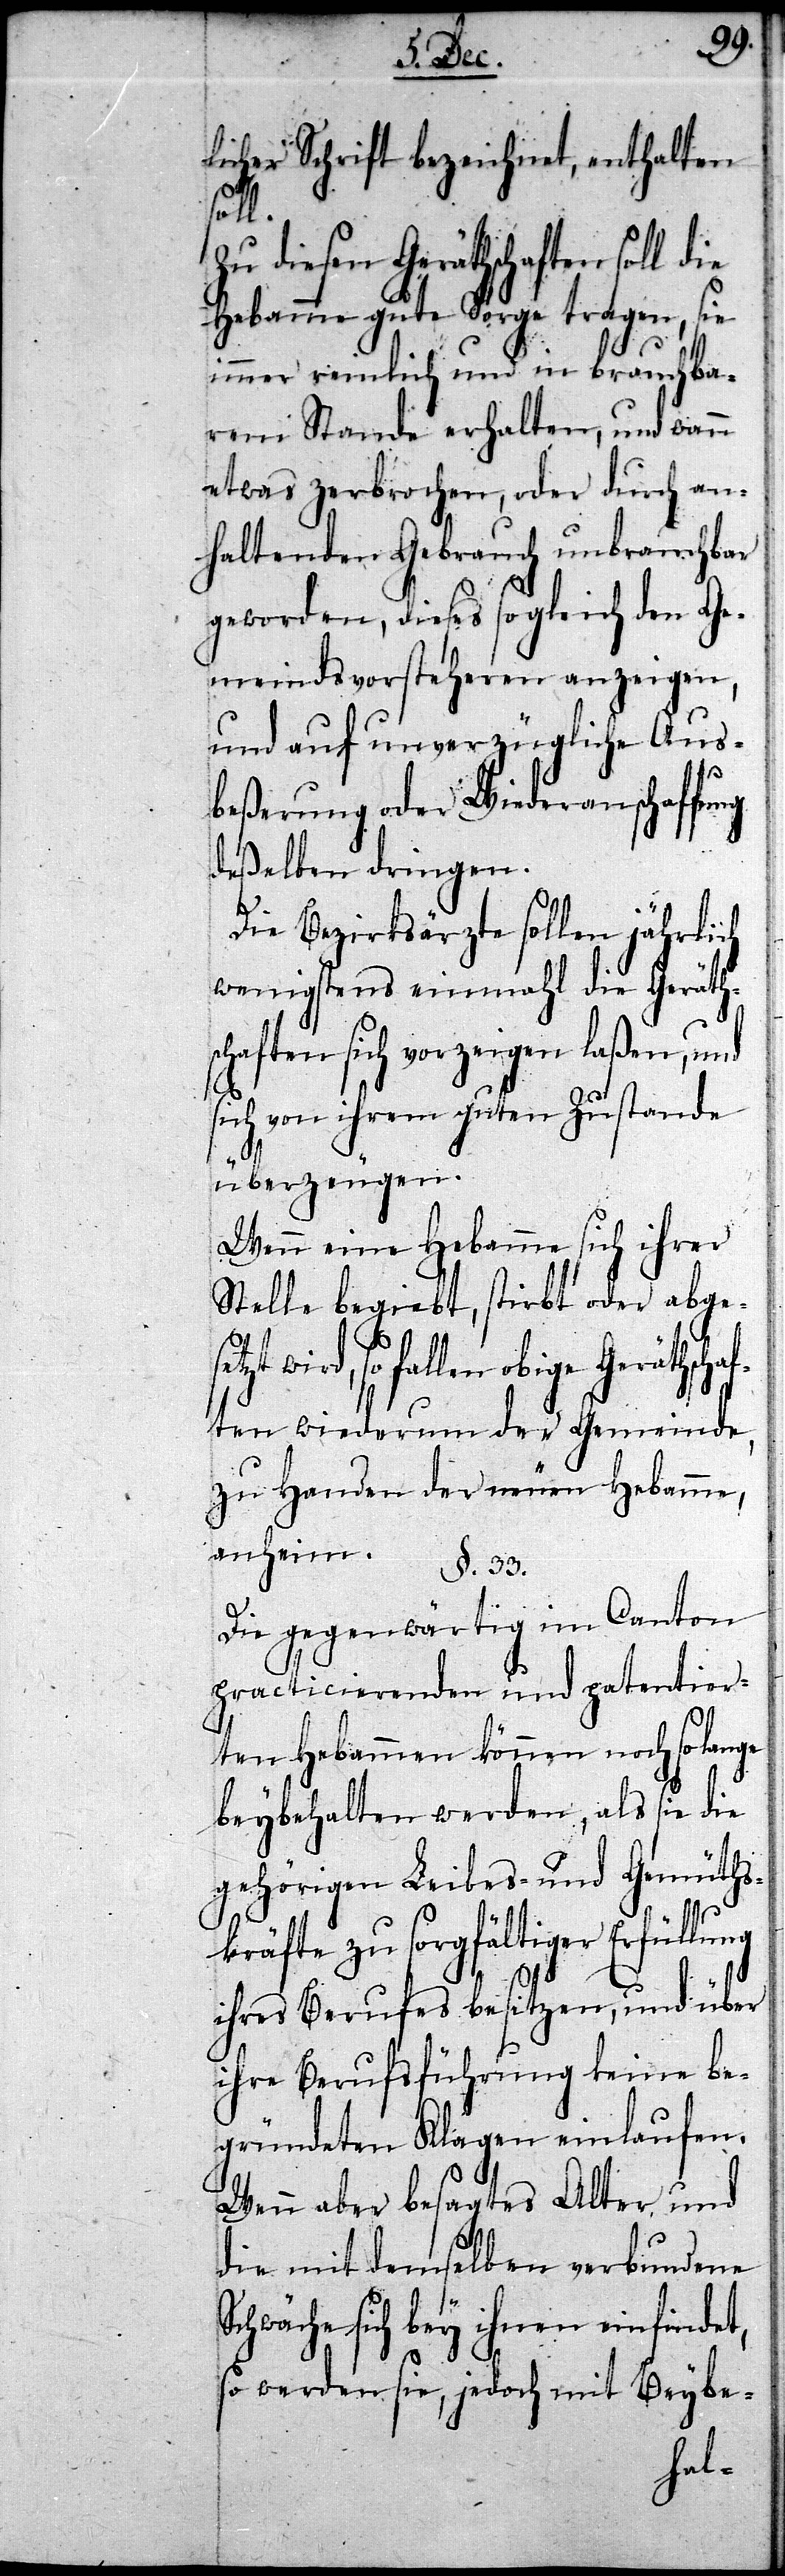
33.
licher Schrift bezeichnet, enthalten
setzt
Zu diesen Geräthschaften soll die
Hebamme gute Sorge tragen, sie
immer reinlich und in brauchba¬
rem Stande erhalten, und wann
etwas zerbrochen, oder durch an¬
haltenden Gebrauch unbrauchbar
geworden, dieses sogleich den Ge¬
meindsvorsteheren anzeigen,
und auf unverzügliche Aus¬
beßerung oder Wiederanschaffung
deßelben dringen.
Die Bezirksärzte sollen jährlich
wenigstens einmahl die Geräth¬
schaften sich vorzeigen laßen, und
sich von ihrem guten Zustande
überzeugen.
Wenn eine Hebamme sich ihrer
Stelle begiebt, stirbt oder abge¬
so fallen obige Geräths¬
ten wiederum der Gemeinde,
zu Handen der neuen Hebamme,
Die gegenwärtig im Canton
practicierenden und patentier¬
ten Hebammen können noch so lange
beybehalten werden, als sie die
gehörigen Leibes- und Gemüths¬
kräfte zu sorgfältiger Erfüllung
wird,
ihres Berufes besitzen, und über
ihre Berufsführung keine be¬
gründeten Klagen einlaufen.
Wenn aber besagtes Alter und
die mit demselben verbundene
Schwäche sich bey ihnen einfindet,
so werden sie, jedoch mit Beybe-
chaf¬